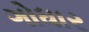
ગોધાર